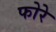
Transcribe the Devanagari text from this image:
फोरे